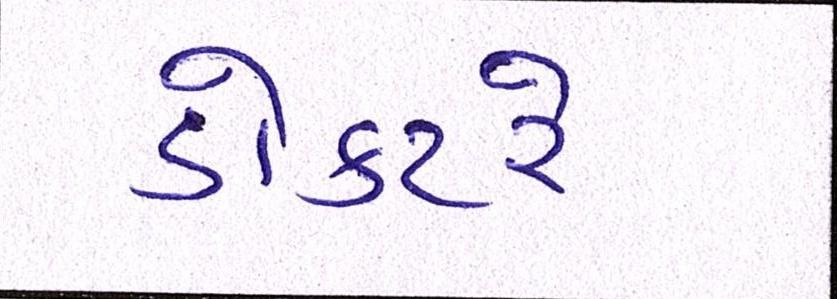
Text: ડોક્ટરે